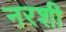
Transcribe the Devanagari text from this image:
नरशी